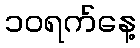
၁၀ရက်နေ့